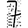
Digit: 7